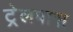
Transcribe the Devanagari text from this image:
ट्रेलपास